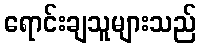
ရောင်းချသူများသည်